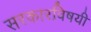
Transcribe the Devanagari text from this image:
सरकारविषयी